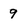
Character: 9